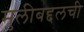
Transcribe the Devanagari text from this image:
मुलीबद्दलची